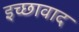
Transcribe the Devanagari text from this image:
इच्छावाद